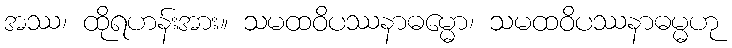
အဿ၊ ထိုရဟန်းအား။ သမထဝိပဿနာဓမ္မော၊ သမထဝိပဿနာဓမ္မဟု